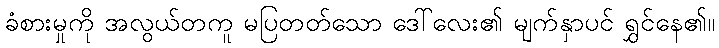
ခံစားမှုကို အလွယ်တကူ မပြတတ်သော ဒေါ်လေး၏ မျက်နှာပင် ရွှင်နေ၏။